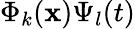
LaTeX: \Phi_{k}(\mathbf{x})\Psi_{l}(t)